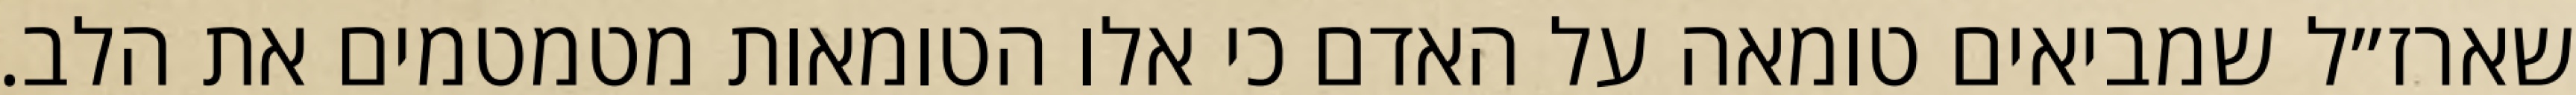
שארז״ל שמביאים טומאה על האדם כי אלו הטומאות מטמטמים את הלב.